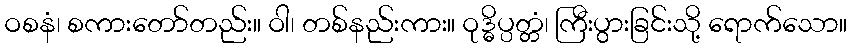
ဝစနံ၊ စကားတော်တည်း။ ဝါ၊ တစ်နည်းကား။ ဝုဒ္ဓိပ္ပတ္တံ၊ ကြီးပွားခြင်းသို့ ရောက်သော။